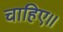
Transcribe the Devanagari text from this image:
चाहिए॥